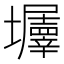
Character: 𡓹